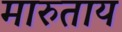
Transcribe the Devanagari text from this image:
मारुताय